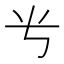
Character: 𬺸